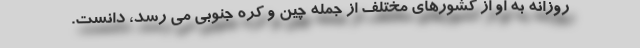
روزانه به او از کشورهای مختلف از جمله چین و کره جنوبی می رسد، دانست.